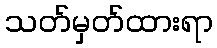
သတ်မှတ်ထားရာ